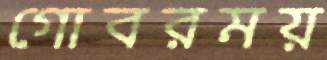
গোবরময়